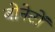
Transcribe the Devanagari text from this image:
बोनेटों